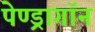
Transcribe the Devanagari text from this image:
पेण्ड्रागॉन